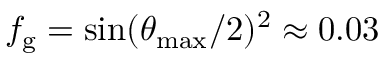
f _ { \mathrm { g } } = \sin ( \theta _ { \mathrm { m a x } } / 2 ) ^ { 2 } \approx 0 . 0 3